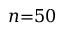
n { = } 5 0